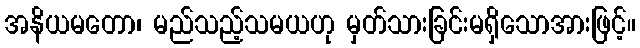
အနိယမတော၊ မည်သည့်သမယဟု မှတ်သားခြင်းမရှိသောအားဖြင့်။